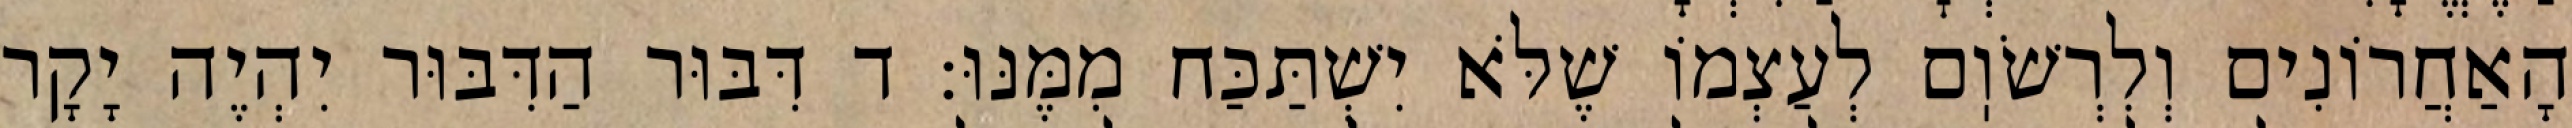
הָאַחֲרוֹנִים וְלִרְשֹׁוֽם לְעַצְמוֹ שֶׁלֹּא יִשְׁתַּכַּח מִמֶּנּוּ: ד דִּבּוּר הַדִּבּוּר יִהְיֶה יָקָר